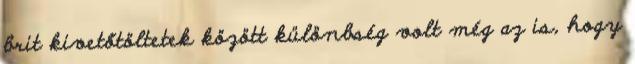
brit kivetőtöltetek között különbség volt még az is, hogy